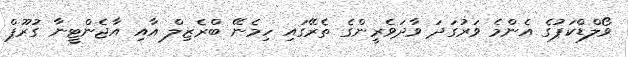
ވޯލްޑްކަޕުގެ އެންމެ ވަރުގަދަ ވާދަވެރީންގެ ތެރޭގައި ހިމެނޭ ބްރެޒިލް އާއި އާޖެންޓީނާ ގުރޫޕް